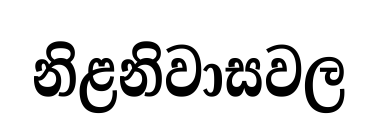
නිළනිවාසවල